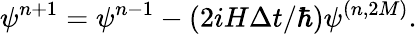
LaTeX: \psi^{n+1}=\psi^{n-1}-(2iH\Delta t/\hbar)\psi^{(n,2M)}.